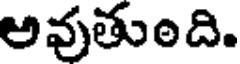
అవుతుంది.